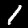
Label: 1